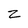
Character: Z